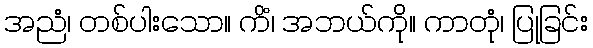
အညံ၊ တစ်ပါးသော။ ကိံ၊ အဘယ်ကို။ ကာတုံ၊ ပြုခြင်း